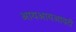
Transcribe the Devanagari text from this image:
आयआयआयटी